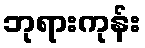
ဘုရားကုန်း